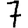
Digit: 7